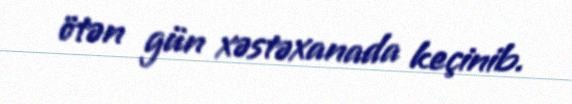
ötən gün xəstəxanada keçinib.